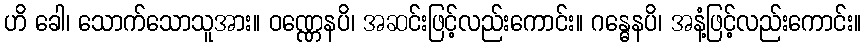
ဟိ ခေါ၊ သောက်သောသူအား။ ဝဏ္ဏေနပိ၊ အဆင်းဖြင့်လည်းကောင်း။ ဂန္ဓေနပိ၊ အနံ့ဖြင့်လည်းကောင်း။